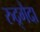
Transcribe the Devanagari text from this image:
रुद्र्गैदा